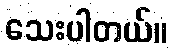
သေးပါတယ်။